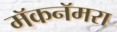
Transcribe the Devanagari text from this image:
मॅकनॅमरा